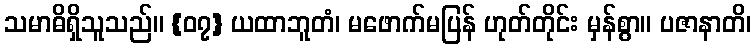
သမာဓိရှိသူသည်။ {၀၇} ယထာဘူတံ၊ မဖောက်မပြန် ဟုတ်တိုင်း မှန်စွာ။ ပဇာနာတိ၊